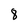
Character: 8